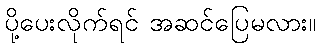
ပို့ပေးလိုက်ရင် အဆင်ပြေမလား။